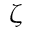
\zeta